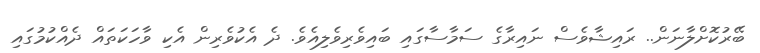
ބޭރުކޮށްލާނަން.. ރައިޝާވެސް ނައިރާގެ ސަމާސާގައި ބައިވެރިވެލިއެވެ. ދެ އެކުވެރިން އެކި ވާހަކަތައް ދެއްކުމުގައި